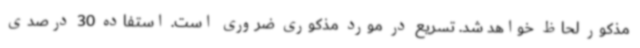
مذکور لحاظ خواهد شد. تسریع در مورد مذکوری ضروری است. استفاده 30 درصدی